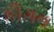
કીગન